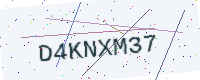
Text: D4KNXM37